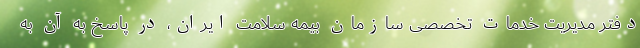
دفتر مدیریت خدمات تخصصی سازمان بیمه سلامت ایران، در پاسخ به آن به